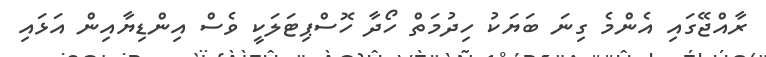
ރާއްޖޭގައި އެންމެ ގިނަ ބަޔަކު ހިދުމަތް ހޯދާ ހޮސްޕިޓަލަކީ ވެސް އިންޑިޔާއިން އަޅައި